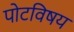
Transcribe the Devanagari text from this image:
पोटविषय